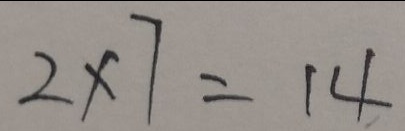
2 \times 7 = 1 4